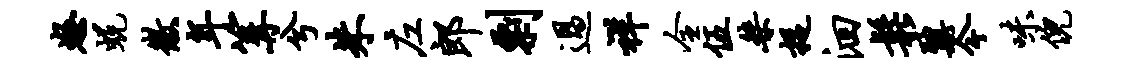
怒蜕徽年篝兮朱左郎剽过祥全伍桀捉洄松鼐今味倪